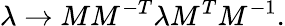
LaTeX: \lambda\to MM^{-T}\lambda M^{T}M^{-1}.